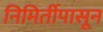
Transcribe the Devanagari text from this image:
निमिर्तीपासून